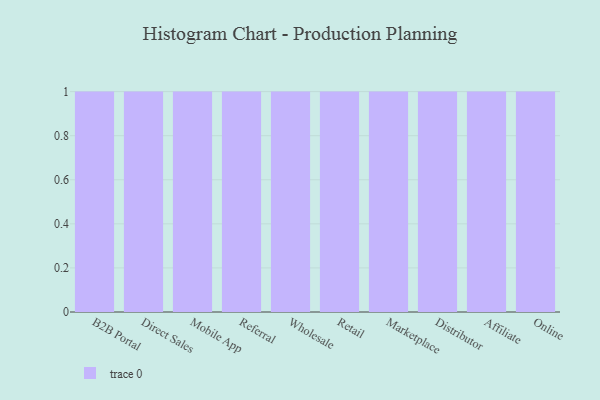
{"axis": {"x": "Channel", "y": "LTV (USD)"}, "legend": [""], "data": [{"x": "B2B Portal", "y": 28, "type": ""}, {"x": "Direct Sales", "y": 38, "type": ""}, {"x": "Mobile App", "y": 49, "type": ""}, {"x": "Referral", "y": 26, "type": ""}, {"x": "Wholesale", "y": 59, "type": ""}, {"x": "Retail", "y": 92, "type": ""}, {"x": "Marketplace", "y": 15, "type": ""}, {"x": "Distributor", "y": 62, "type": ""}, {"x": "Affiliate", "y": 52, "type": ""}, {"x": "Online", "y": 95, "type": ""}]}